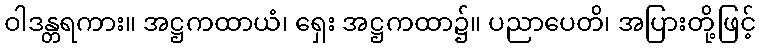
ဝါဒန္တရကား။ အဋ္ဌကထာယံ၊ ရှေး အဋ္ဌကထာ၌။ ပညာပေတိ၊ အပြားတို့ဖြင့်